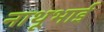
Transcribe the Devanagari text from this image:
नाथूभाई